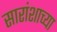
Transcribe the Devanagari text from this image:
सारांशाच्या